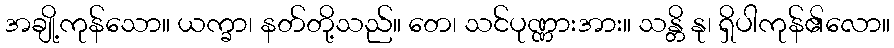
အချို့ကုန်သော။ ယက္ခာ၊ နတ်တို့သည်။ တေ၊ သင်ပုဏ္ဏားအား။ သန္တိ နု၊ ရှိပါကုန်၏လော။